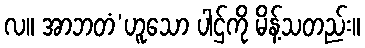
လ။ အာဘတံ’ဟူသော ပါဌ်ကို မိန့်သတည်း။